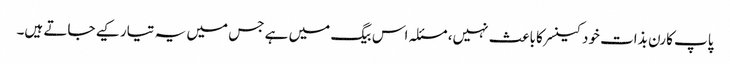
پاپ کارن بذات خود کینسر کا باعث نہیں، مسئلہ اس بیگ میں ہے جس میں یہ تیار کیے جاتے ہیں۔